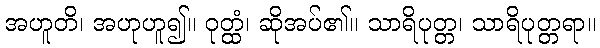
အဟူတိ၊ အဟုဟူ၍။ ဝုတ္ထံ၊ ဆိုအပ်၏။ သာရိပုတ္တ၊ သာရိပုတ္တရာ။